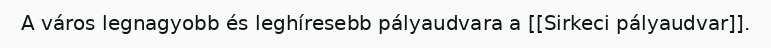
A város legnagyobb és leghíresebb pályaudvara a [[Sirkeci pályaudvar]].